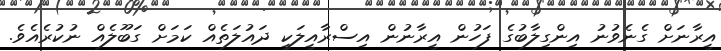
އީރާނަށް ގެނެވުނު އިންގިލާބުގެ ފަހުން އީރާނުން އިސްރާއީލަކީ ދައުލަތެއް ކަމަށް ގަބޫލެއް ނުކުރެއެވެ.